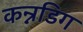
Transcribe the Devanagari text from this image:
कन्नडिग